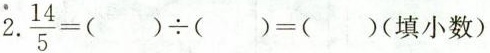
2 $$\frac{14}{5}=()\div()=()$$(填小数)